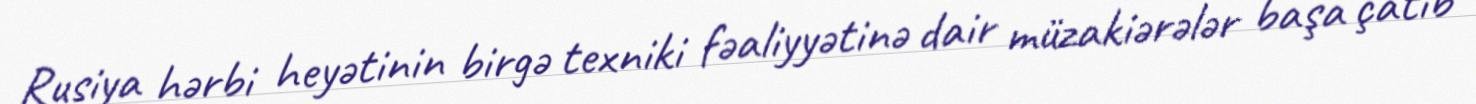
Rusiya hərbi heyətinin birgə texniki fəaliyyətinə dair müzakiərələr başa çatıb